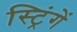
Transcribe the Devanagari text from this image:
स्ट्रिंगें